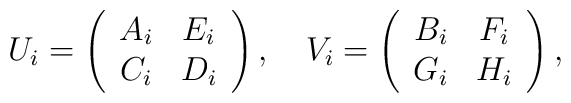
U_{i}=\left(\begin{array}{cc}A_{i} & E_{i} \\C_{i} & D_{i}\end{array}\right) ,\quad V_{i}=\left(\begin{array}{cc}B_{i} & F_{i} \\G_{i} & H_{i}\end{array}\right) ,